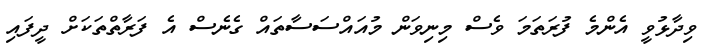
ވިދާޅުވީ އެންމެ ފުރަތަމަ ވެސް މިނިވަން މުއައްސަސާތައް ގެނެސް އެ ފަރާތްތަކަށް ދީފައި